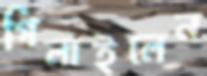
গিলাইলেন